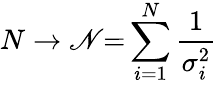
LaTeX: N\rightarrow\mathscr{N}{=}\sum_{i=1}^{N}\frac{1}{\sigma_{i}^{2}}